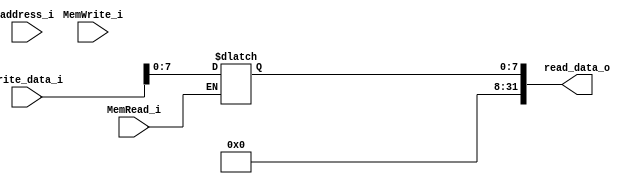
module Data_Memory
(
    read_data_o,
    address_i,
    write_data_i,
    MemRead_i,
    MemWrite_i
);

input   [31:0]  address_i, write_data_i;
input           MemRead_i, MemWrite_i;
output  [31:0]  read_data_o;

reg     [31:0]  read_data_o;
reg     [7:0]   memory  [31:0];

initial begin
    read_data_o <= 0;
end

always @(address_i or write_data_i or MemRead_i or MemWrite_i) begin
    if (MemWrite_i) memory[address_i] = write_data_i;
    if (MemRead_i) read_data_o = memory[address_i];
end

endmodule